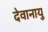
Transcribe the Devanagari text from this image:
देवानायु